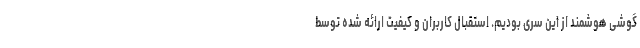
گوشی هوشمند از این سری بودیم. استقبال کاربران و کیفیت ارائه شده توسط